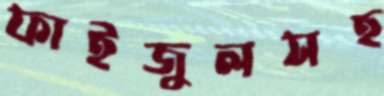
ফাইজুলসহ